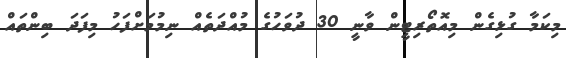
މިކަމާ ގުޅިގެން މިއޮތޯރިޓީން ވާނީ 30 ދުވަހުގެ މުއްދަތެއް ނިމުމަށްފަހު މިފަދަ ބިންތައް